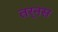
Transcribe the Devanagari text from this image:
तर्नस